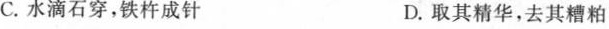
C.水滴石穿，铁杵成针 D.取其精华，去其糟粕